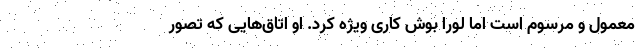
معمول و مرسوم است اما لورا بوش کاری ویژه کرد. او اتاق‌هایی که تصور